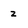
Character: z